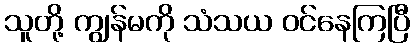
သူတို့ ကျွန်မကို သံသယ ဝင်နေကြပြီ